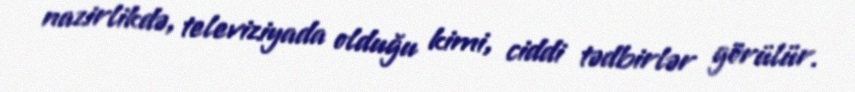
nazirlikdə, televiziyada olduğu kimi, ciddi tədbirlər görülür.